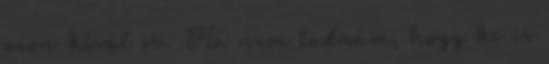
azon kívül is. Ha nem tudnám, hogy ki is